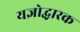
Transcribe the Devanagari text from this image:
यज्ञोद्धारक